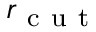
r _ { \mathrm { ~ c ~ u ~ t ~ } }